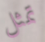
تمثل